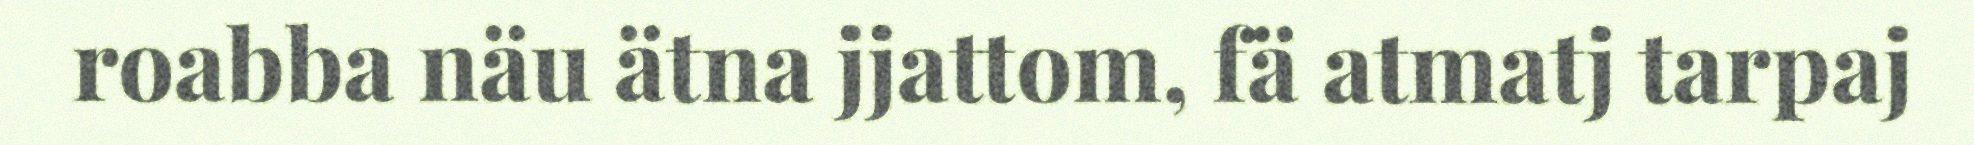
roabba näu ätna jjattom, fä atmatj tarpaj